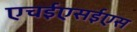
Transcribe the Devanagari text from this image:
एचईएसईएस